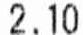
2.10